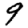
Digit: 9